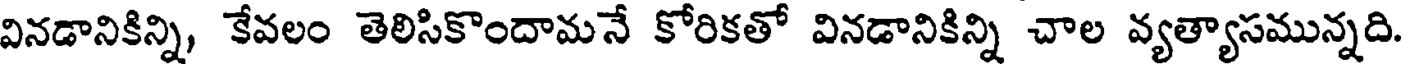
వినడానికిన్ని, కేవలం తెలిసికొందామనే కోరికతో వినడానికిన్ని చాల వ్యత్యాసమున్నది